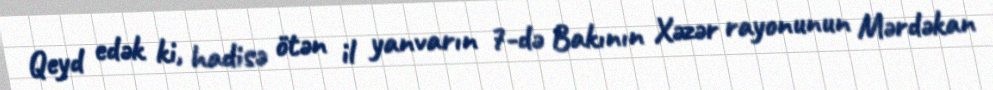
Qeyd edək ki, hadisə ötən il yanvarın 7-də Bakının Xəzər rayonunun Mərdəkan